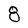
Character: 8